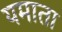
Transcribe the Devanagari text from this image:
यमाता